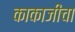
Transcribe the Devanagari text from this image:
काकाजीचा